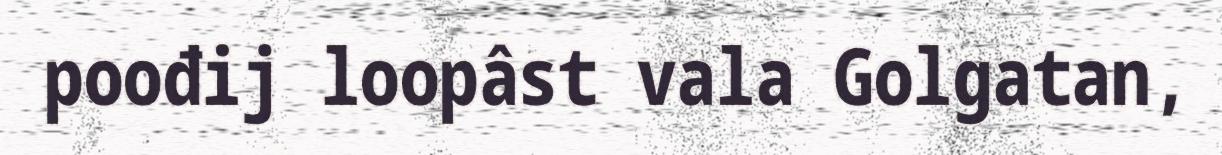
poođij loopâst vala Golgatan,